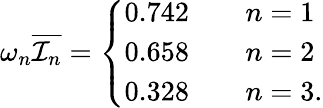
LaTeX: \omega_{n}\overline{{{{\cal I}_{n}}}}=\left\{ \begin{array}{lc}{{0.742\qquad n=1}}\\ {{0.658\qquad n=2}}\\ {{0.328\qquad n=3.}}\end{array}\right.